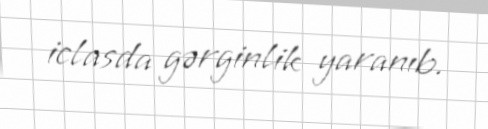
iclasda gərginlik yaranıb.